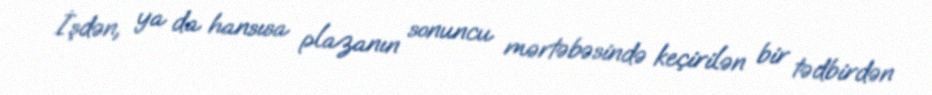
İşdən, ya da hansısa plazanın sonuncu mərtəbəsində keçirilən bir tədbirdən